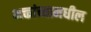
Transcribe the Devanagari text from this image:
भक्तांच्यामधील